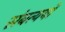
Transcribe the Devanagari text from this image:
संबत्ययों